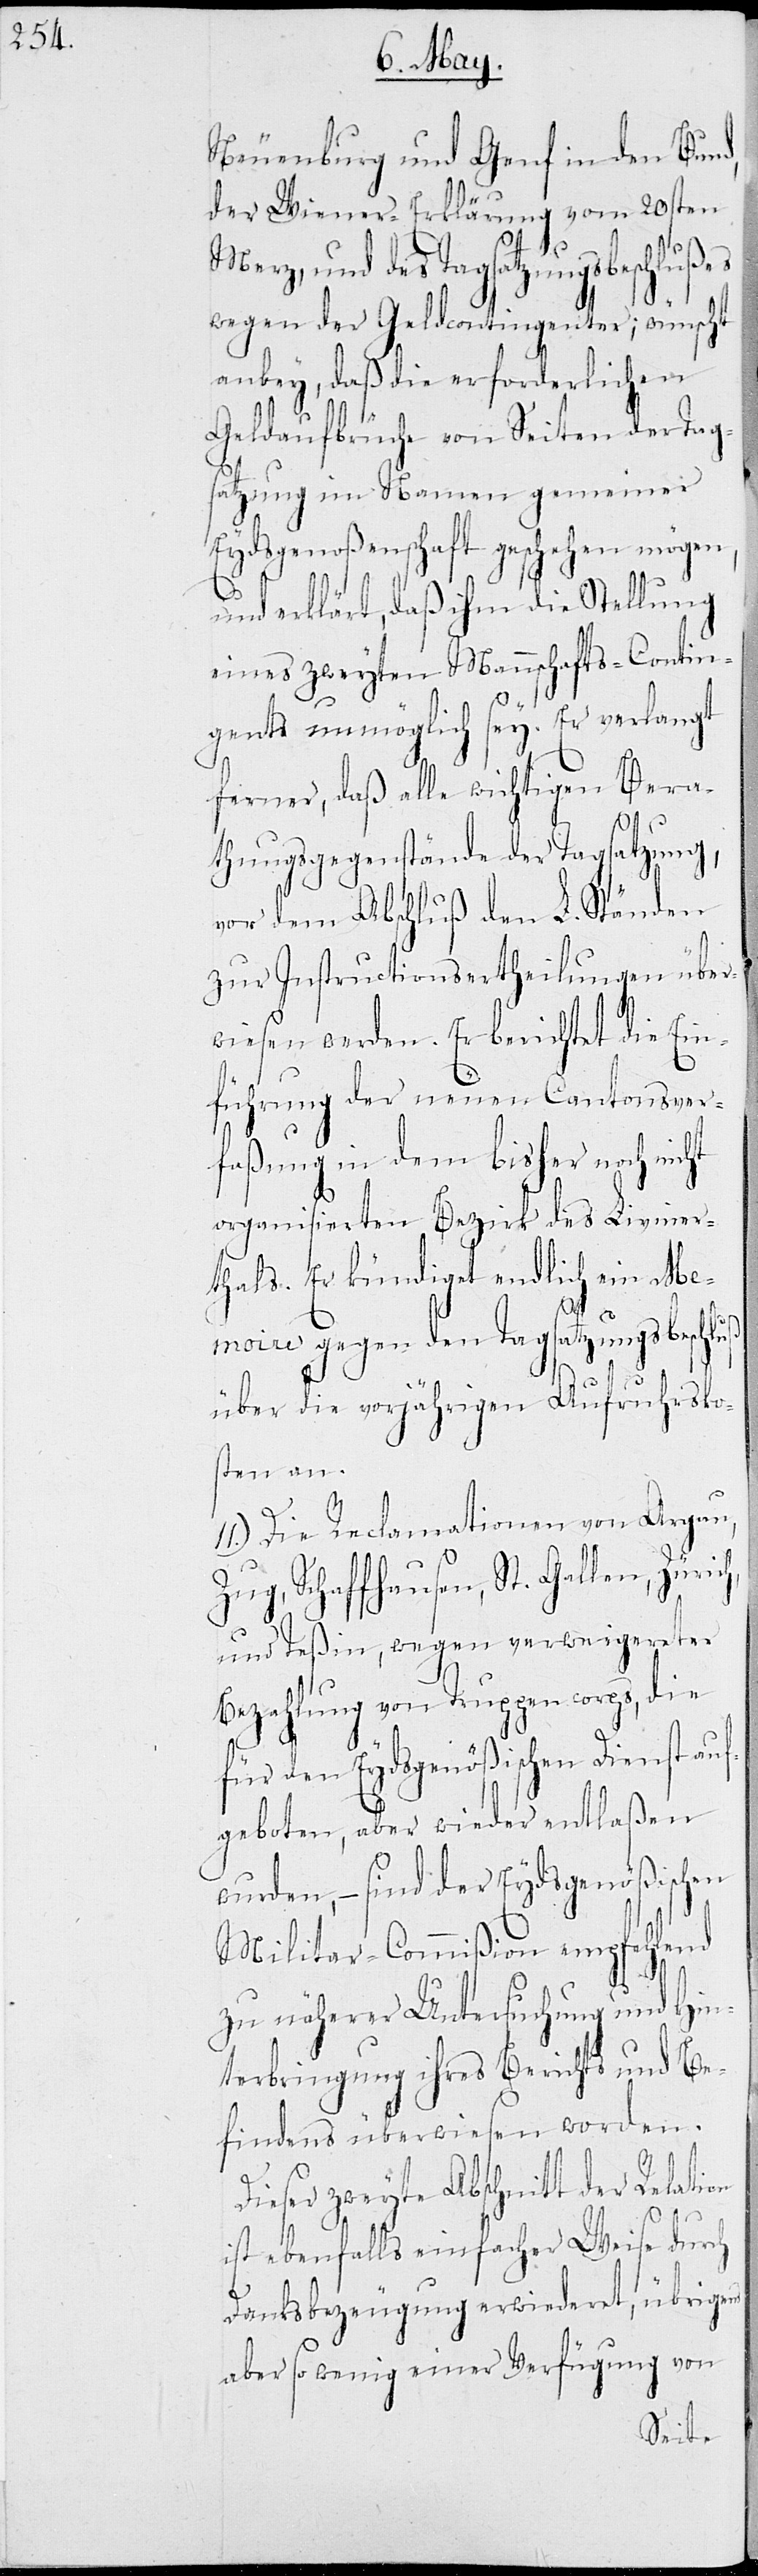
Neuenburg und Genf in den Bund,
der Wiener-Erklärung vom 20sten
Merz, und des Tagsatzungsbeschlußes
wegen der Geldcontingenter; wünscht
anbey, daß die erforderlichen
Geldaufbrüche von Seiten der Tag¬
satzung im Namen gemeiner
Eydsgenoßenschaft geschehen mögen,
und erklärt, daß ihm die Stellung
eines zweyten Mannschafts-Contin¬
gents unmöglich sey. Er verlangt
ferner, daß alle wichtigen Bera¬
schluß
thungsgegenstände der Tagsatzung,
vor dem Abschluß den L. Ständen
zu Instructionsertheilungen über¬
wiesen werden. Er berichtet die Ein¬
führung der neuen Cantonsver¬
faßung in dem bisher noch nicht
organisierten Bezirk des Liviner¬
thals. Er kündiget endlich ein Me¬
Z¬
moire gegen den Tagsatzungsbe¬
über die vorjährigen Aufruhrsko¬
sten an.
ch,
11.) Die Reclamationen von Argau,
ug, Schaffhausen, St. Gallen, Züri¬
und Teßin, wegen verweigerter
Bezahlung von Truppencorps, die
für den Eydsgenößischen Dienst auf¬
geboten, aber wieder entlaßen
wurden, – sind der Eydsgenößischen
Militar-Commißion empfehlend
zu näherer Untersuchung und Hin¬
terbringung ihres Berichts und Be¬
findens überwiesen worden.
Dieser zweyte Abschnitt der Relation
ist ebenfalls einfacher Weise durch
Danksbezeugung erwiederet, übrigens
aber so wenig einer Verfügung von